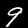
Label: 9